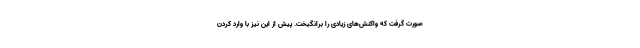
صورت گرفت که واکنش‌های زیادی را برانگیخت. پیش از این نیز با وارد کردن